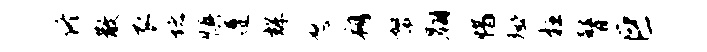
佟散衣堵慎遵辉怒朔帑翱惜殛枉瞽巨